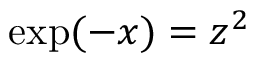
\mathrm { e x p } ( - x ) = z ^ { 2 }